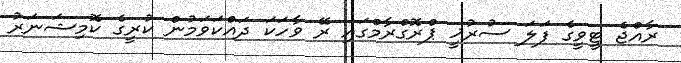
ރާއްޖެ ޓީވީގެ ފަލަ ސުރުޚީ ޕްރޮގްރާމްގައި ރޭ ވާހަކަ ދައްކަވަމުން ކުރީގެ ކޮމިޝަނަރު